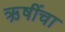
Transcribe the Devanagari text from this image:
ऋ़षींचा